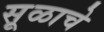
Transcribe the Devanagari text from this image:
सूळाचे